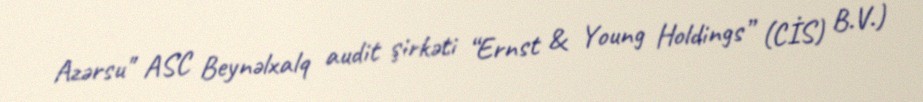
Azərsu" ASC Beynəlxalq audit şirkəti “Ernst & Young Holdings” (CİS) B.V.)